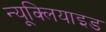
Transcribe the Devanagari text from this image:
न्यूक्लियाइड